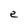
Character: e